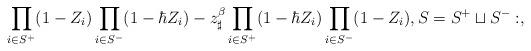
LaTeX: \begin{align*} \prod_{i\in S^+} ( 1 - Z_i ) \prod_{i\in S^-} ( 1 - \hbar Z_i ) - z_\sharp^\beta \prod_{i\in S^+} ( 1 - \hbar Z_i ) \prod_{i\in S^-} ( 1 - Z_i ) , S = S^+ \sqcup S^- : ,\end{align*}